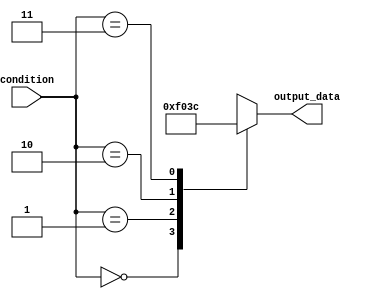
module parallel_case_statement (
    input wire [3:0] condition,
    output reg [3:0] output_data
);

always @(*) begin
    case (condition)
        4'b0000: output_data = 4'b1111;
        4'b0001: output_data = 4'b0000;
        4'b0010: output_data = 4'b0011;
        4'b0011: output_data = 4'b1100;
        default: output_data = 4'bxxxx;
    endcase
end

endmodule